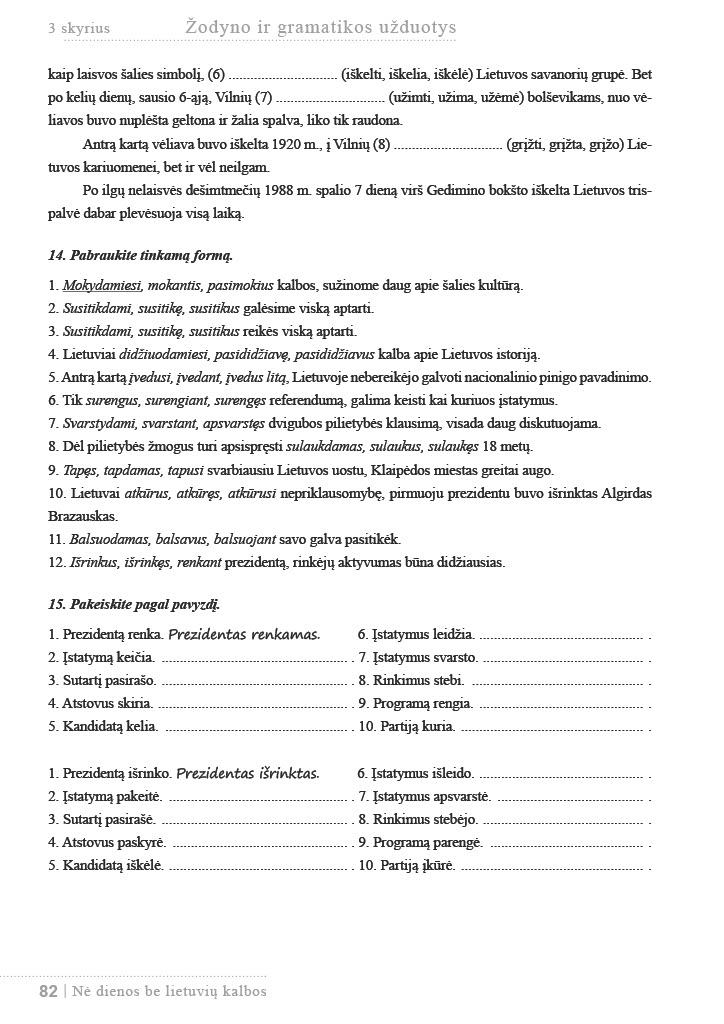
Language: lt